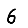
Digit: 6